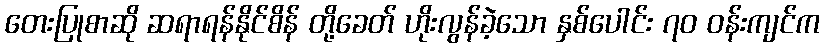
တေးပြုစာဆို ဆရာရန်နိုင်စိန် တို့ခေတ် ဟိုးလွန်ခဲ့သော နှစ်ပေါင်း ၇၀ ဝန်းကျင်က